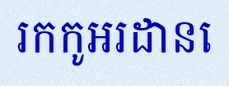
រកកូអរដោនេ